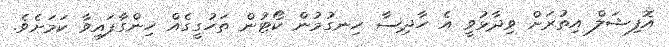
އޮފިޝަލް އިތުރަށް ވިދާޅުވީ އެ ހާދިސާ ހިނގުމުން ކޯޓުން ތަހުގީގެއް ހިންގާފައިވާ ކަމަށެވެ.